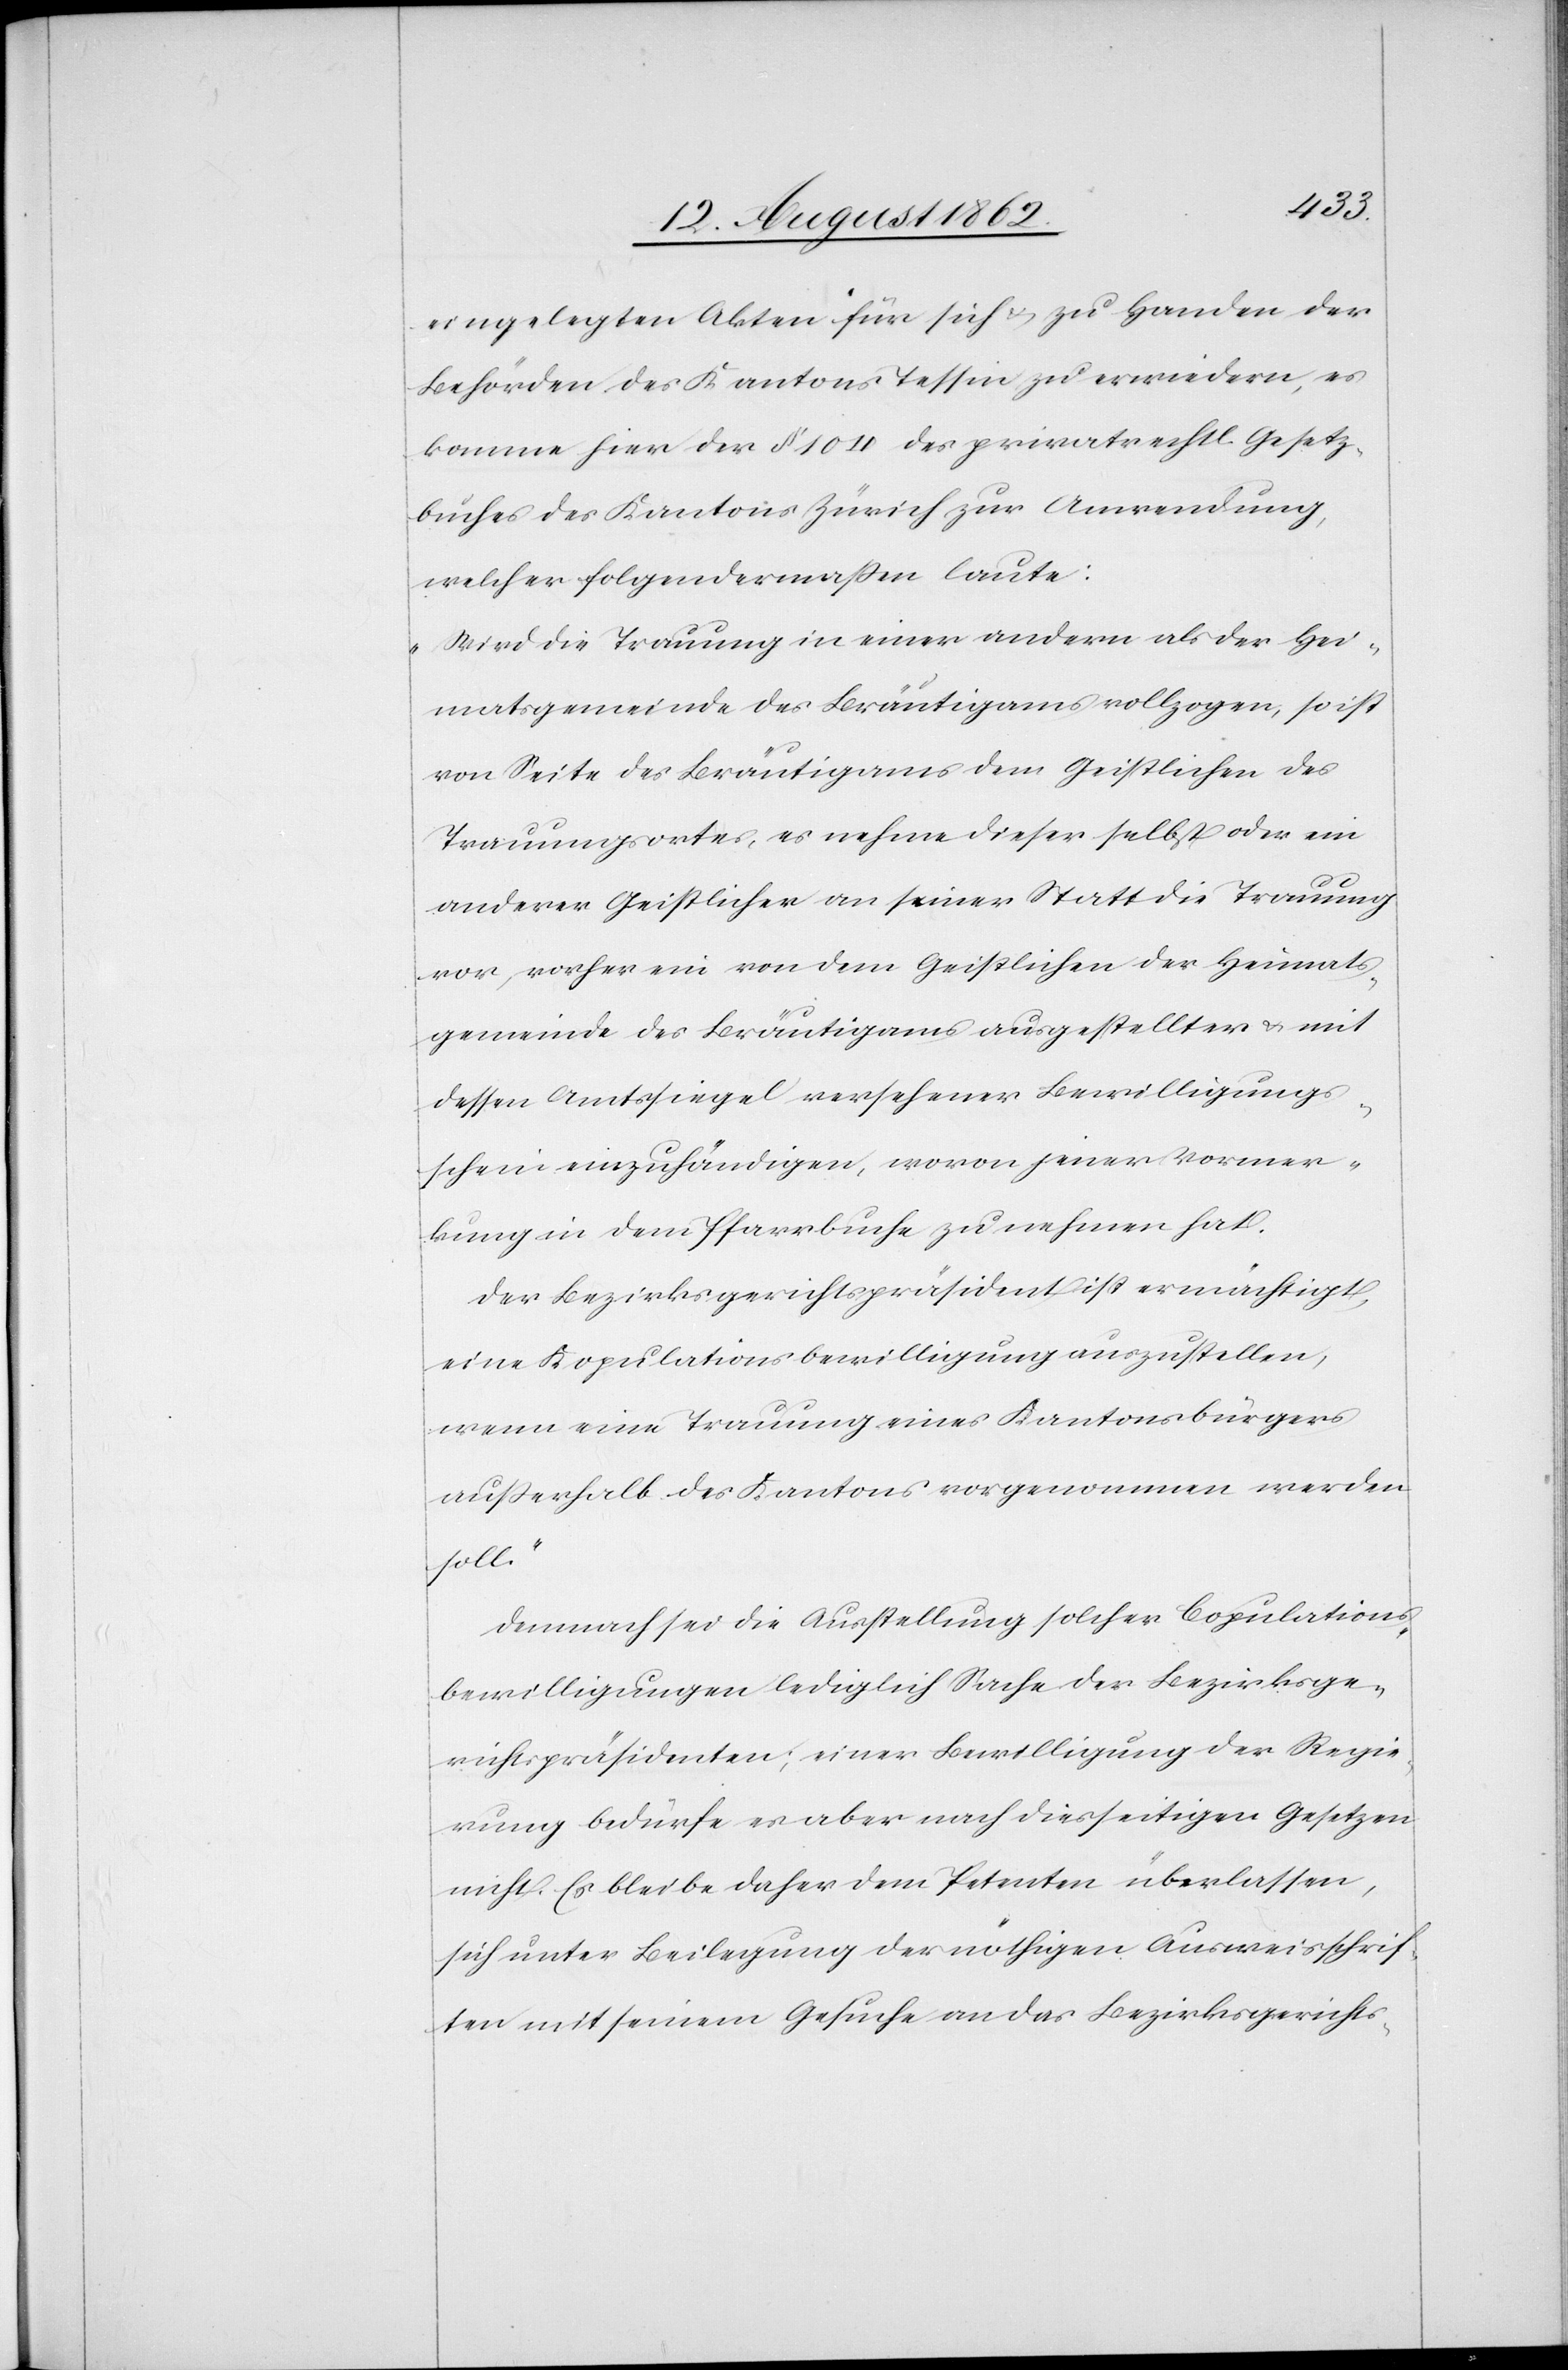
eingelegten Akten für sich u. zu Handen der
Behörden des Kantons Tessin zu erwiedern, es
könne hier der §. 104 des privatrechtl. Gesetz¬
buches des Kantons Zürich zur Anwendung,
welcher folgendermaßen laute:
„Wird die Trauung in einer andern als der Hei¬
matsgemeinde des Bräutigams vollzogen, so ist
von Seite des Bräutigams dem Geistlichen des
Trauungsortes, es nehme dieser selbst oder ein
anderer Geistlicher an seiner Statt die Trauung
vor, vorher ein von dem Geistlichen der Heimats¬
gemeinde des Bräutigams ausgestellten u. mit
dessen Amtssiegel versehener Bewilligungs¬
schein einzuhändigen, wovon jener Vormer¬
kung in dem Pfarrbuche zu nehmen hat.
Der Bezirksgerichtspräsident ist ermächtigt,
eine Kopulationsbewilligung auszustellen,
wenn eine Trauung eines Kantonsbürgers
außerhalb des Kantons vorgenommen werden
soll.“
Demnach sei die Ausstellung solcher Copulations¬
bewilligungen lediglich Sache der Bezirksge¬
richtspräsidenten; einer Bewilligung der Regie¬
rung bedürfe es aber nach diesseitigen Gesetzen
nicht. Es bleibe daher dem Petenten überlassen,
sich unter Beilegung der nöthigen Ausweisschrif¬
ten mit seinem Gesuche an das Bezirksgerichts-